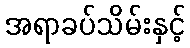
အရာခပ်သိမ်းနှင့်